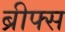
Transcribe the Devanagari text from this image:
ब्रीफ्स